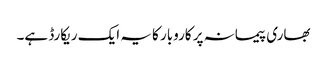
بھاری پیمانہ پر کاروبار کا یہ ایک ریکارڈ ہے۔